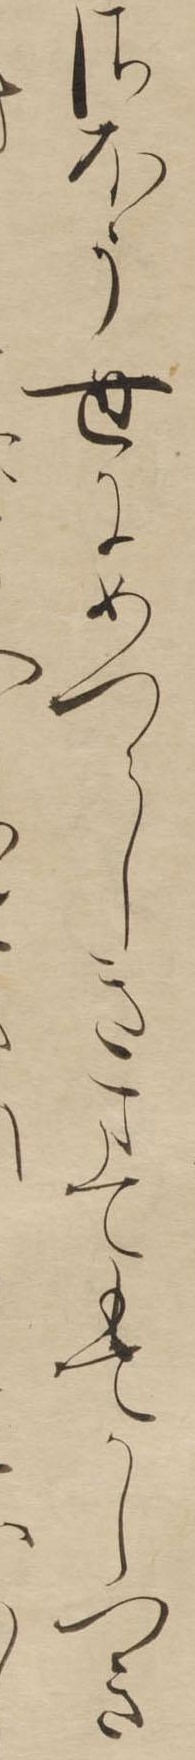
さほう世にめつらしきまてもてかしつきし